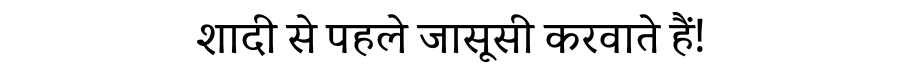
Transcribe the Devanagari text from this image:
शादी से पहले जासूसी करवाते हैं!